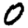
Digit: 0